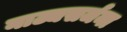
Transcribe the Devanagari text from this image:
नाट्यसर्जना